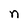
Character: n